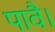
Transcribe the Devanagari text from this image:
पावै।